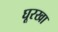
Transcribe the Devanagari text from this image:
घूरखा